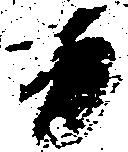
日